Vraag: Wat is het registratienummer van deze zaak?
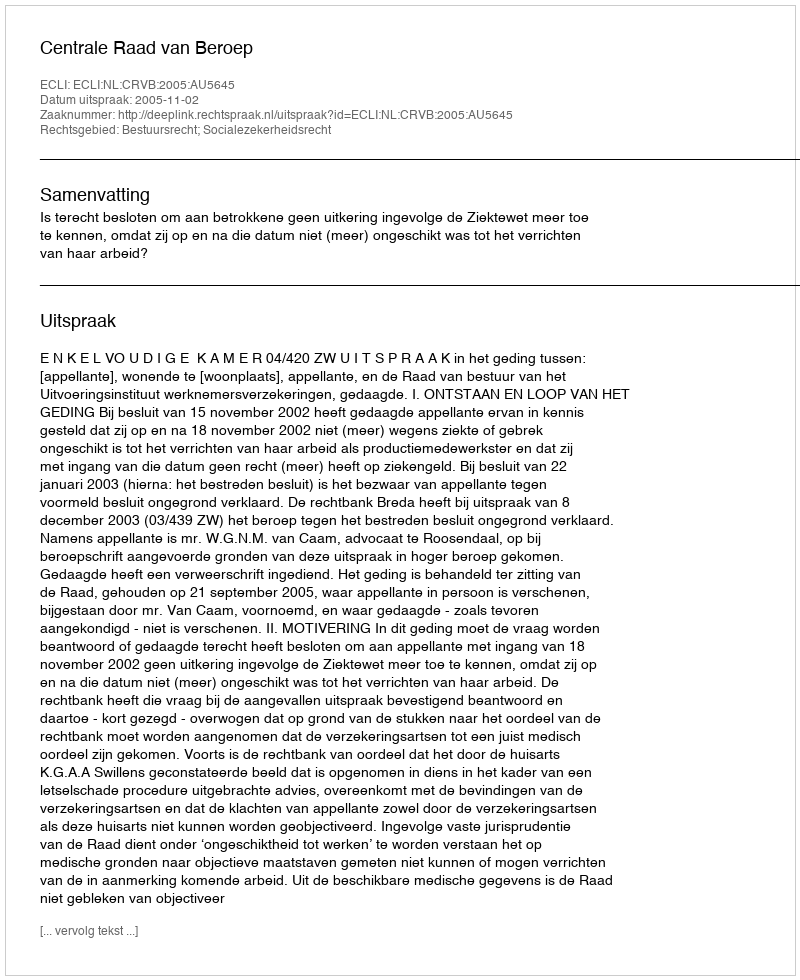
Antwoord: http://deeplink.rechtspraak.nl/uitspraak?id=ECLI:NL:CRVB:2005:AU5645